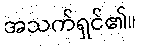
အသက်ရှင်၏။